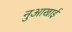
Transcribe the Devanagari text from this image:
नुआखाई